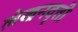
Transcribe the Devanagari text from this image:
लेखनवृत्ती